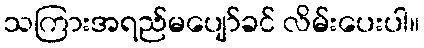
သကြားအရည်မပျော်ခင် လိမ်းပေးပါ။